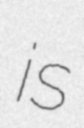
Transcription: is